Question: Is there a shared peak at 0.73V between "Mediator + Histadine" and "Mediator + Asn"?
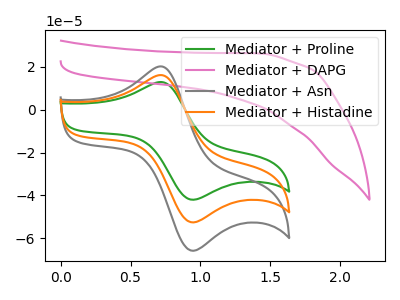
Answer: <think>The green curve "Mediator + Proline" has an anodic peak at (0.75V, 12.80uA) and a cathodic peak at (0.95V, -42.05uA). The pink curve "Mediator + DAPG" has no peaks. The gray curve "Mediator + Asn" has an anodic peak at (0.75V, 32.10uA) and a cathodic peak at (0.95V, -105.25uA). The orange curve "Mediator + Histadine" has an anodic peak at (0.75V, 16.05uA) and a cathodic peak at (0.95V, -52.60uA).</think>
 <answer>Yes, "Mediator + Histadine" and "Mediator + Asn" share a peak at 0.73V.</answer>
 <eval>match</eval>